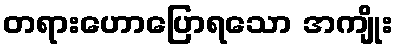
တရားဟောပြောရသော အကျိုး